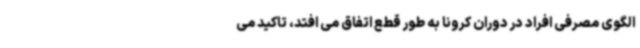
الگوی مصرفی افراد در دوران کرونا به طور قطع اتفاق می افتد، تاکید می